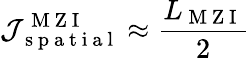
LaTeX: \mathcal{J}_{\mathrm{~s~p~a~t~i~a~l~}}^{\mathrm{~M~Z~I~}}\approx\frac{L_{\mathrm{~M~Z~I~}}}{2}